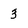
Character: 3